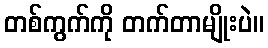
တစ်ကွက်ကို တက်တာမျိုးပဲ။